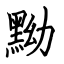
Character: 黝